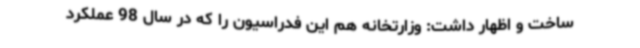
ساخت و اظهار داشت: وزارتخانه هم این فدراسیون را که در سال 98 عملکرد